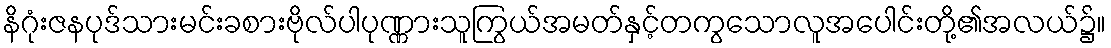
နိဂုံးဇနပုဒ်သားမင်းခစားဗိုလ်ပါပုဏ္ဏားသူကြွယ်အမတ်နှင့်တကွသောလူအပေါင်းတို့၏အလယ်၌။